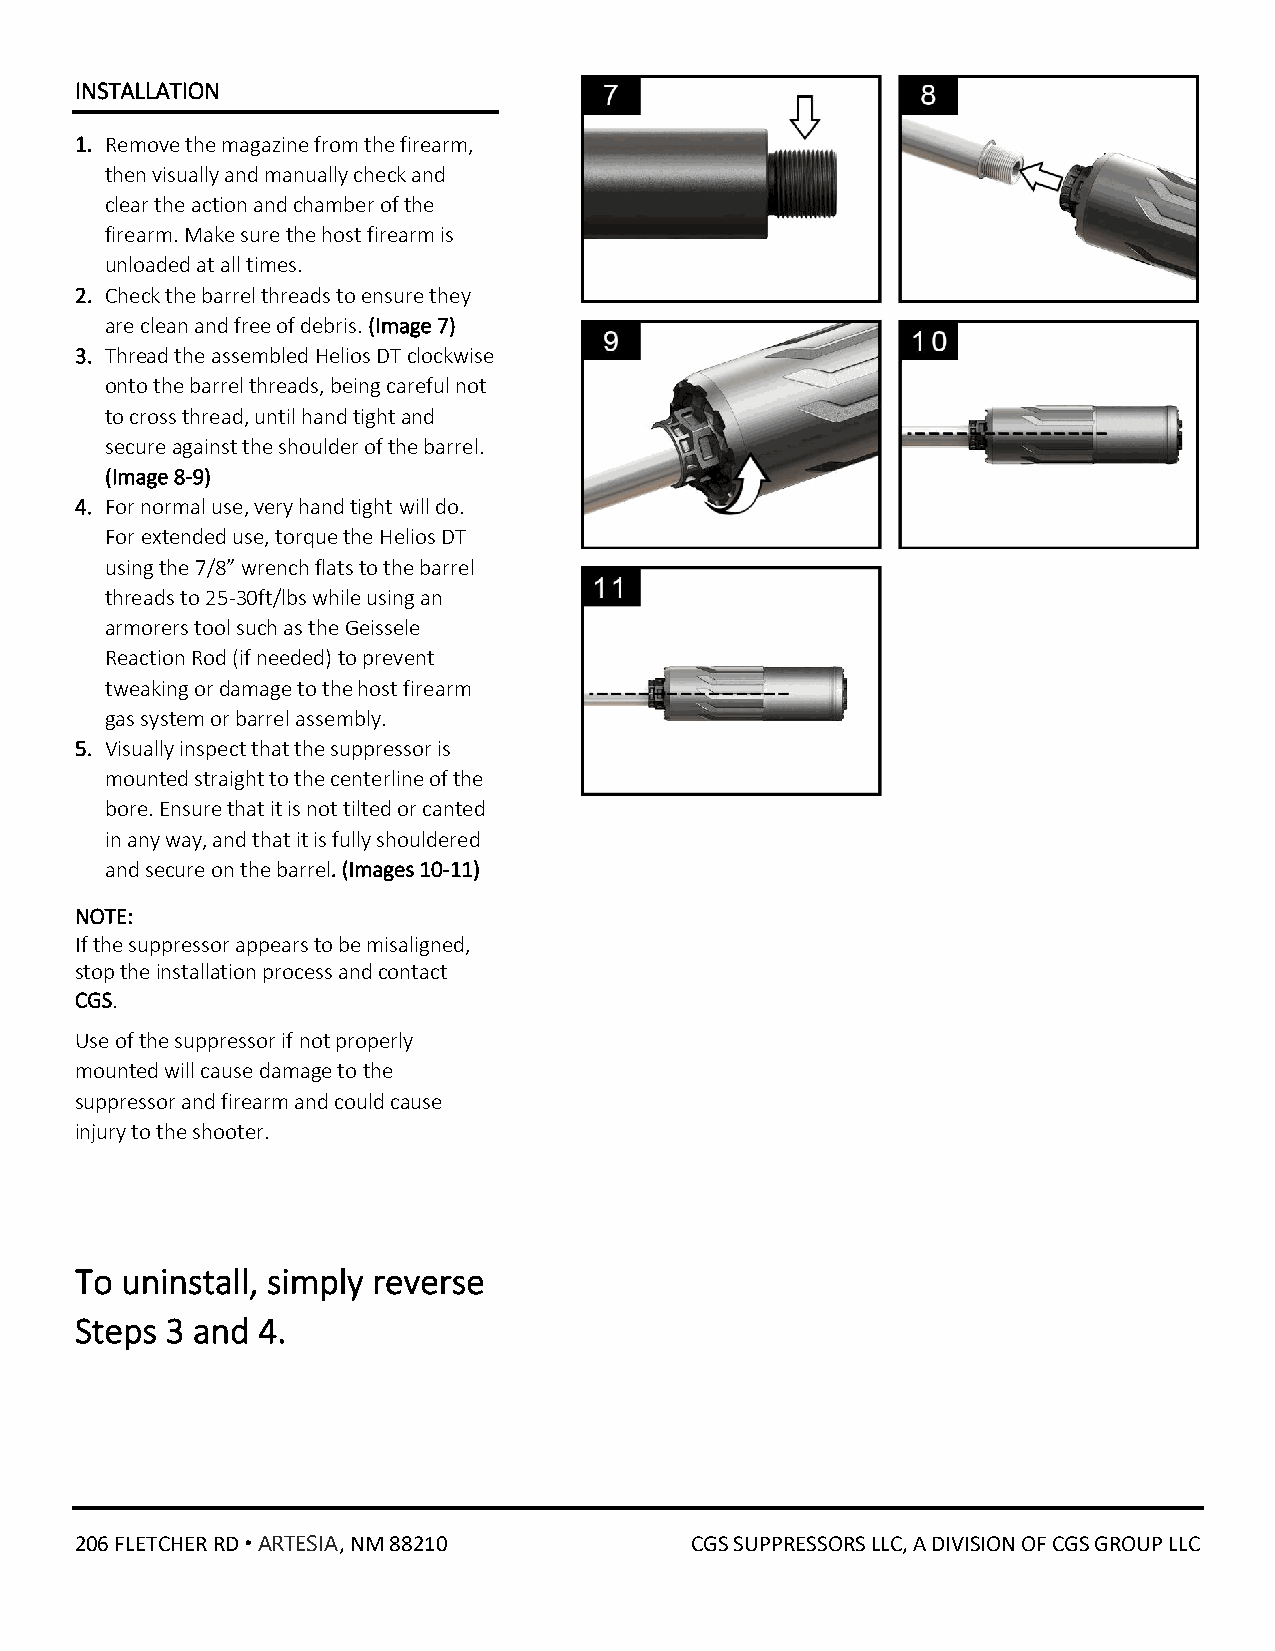
INSTALLATION
 1. Remove the magazine from the firearm,
 then visually and manually check and
 clear the action and chamber of the
 firearm. Make sure the host firearm is
 unloaded at all times.
 2. Check the barrel threads to ensure they
 are clean and free of debris. (Image 7)
 3. Thread the assembled Helios DT clockwise
 onto the barrel threads, being careful not
 to cross thread, until hand tight and
 secure against the shoulder of the barrel.
 (Image 8-9)
 4. For normal use, very hand tight will do.
 For extended use, torque the Helios DT
 using the 7/8” wrench flats to the barrel
 threads to 25-30ft/lbs while using an
 armorers tool such as the Geissele
 Reaction Rod (if needed) to prevent
 tweaking or damage to the host firearm
 gas system or barrel assembly.
 5. Visually inspect that the suppressor is
 mounted straight to the centerline of the
 bore. Ensure that it is not tilted or canted
 in any way, and that it is fully shouldered
 and secure on the barrel. (Images 10-11)
 NOTE:
 If the suppressor appears to be misaligned,
 stop the installation process and contact
 CGS.
 Use of the suppressor if not properly
 mounted will cause damage to the
 suppressor and firearm and could cause
 injury to the shooter.
 To uninstall, simply reverse
 Steps 3 and 4.
 206 FLETCHER RD ᛫ ARTESIA, NM 88210      CGS SUPPRESSORS LLC, A DIVISION OF CGS GROUP LLC